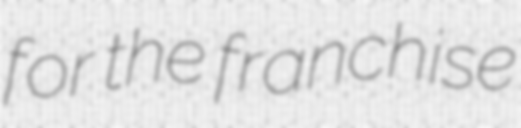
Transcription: for the franchise